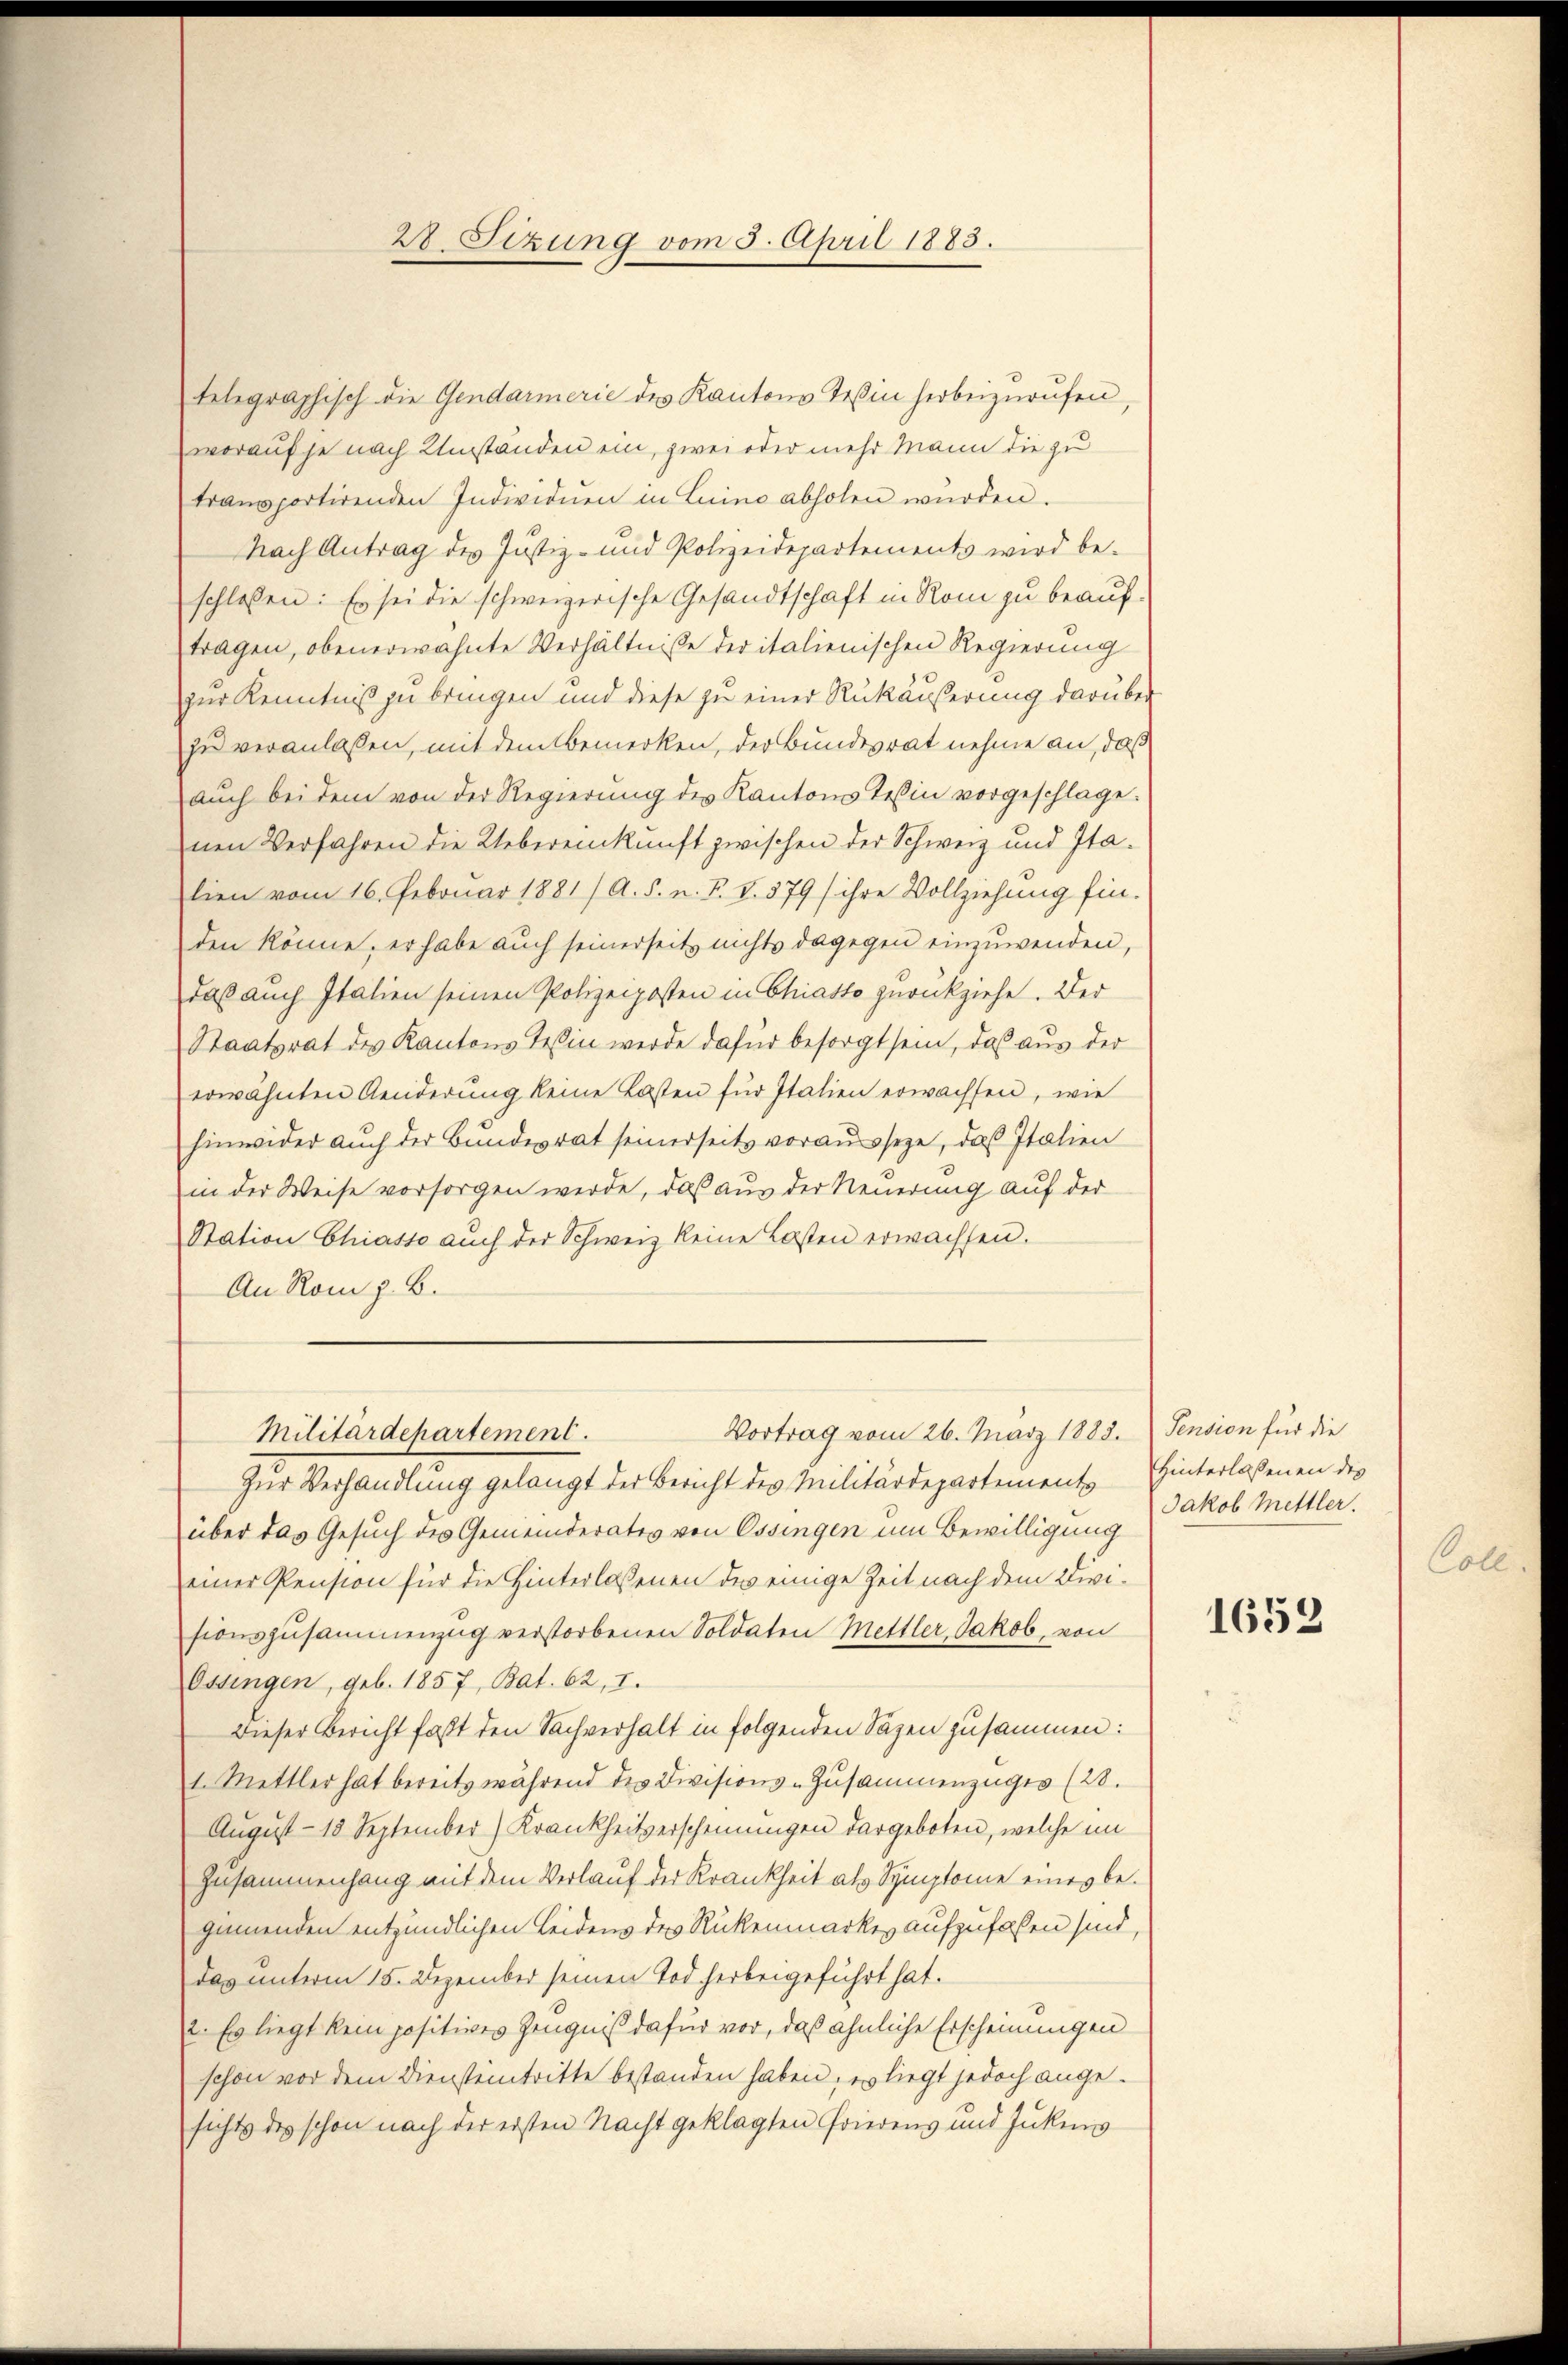
28. Sizung vom 3. April 1883.

telegraphisch die Gendarmerie des Kantons Teßin herbeizurufen,
worauf je nach Umständen ein, zwei oder mehr Mann die zu
transportirenden Individuen in Luino abholen würden.
Nach Antrag des Justiz- und Polizeidepartements wird be-
schlossen: Es sei die schweizerische Gesandtschaft in Rom zu beauftragen, obenerwähnte Verhältnisse der italienischen Regierung
zur Kenntniß zu bringen und diese zu einer Rükäußerung darüber
zu veranlaßen, mit dem Bemerken, der Bundesrat nehme an, daß
aŭch bei dem von der Regierŭng des Kantons Tessin vorgeschlage.
nen Verfahren die Uebereinkunft zwischen der Schweiz und Italien vom 16. Februar 1881/ A. S. n. F. V. 379 / ihre Vollziehung fin.
den könne, er habe auch seinerseit nichts dagegen einzuwenden,
daß auch Italien seinen Polizeiposten in Chiatto zurückziehe. Der
Staatsrat des Kantons Tessin werde dafür besorgt sein, das aus der
erwähnten Aenderŭng keine Lasten für Italien erwachsen, wie
hinwider auch der Bundesrat seinerseits vorausseze, daß Italien
in der Weise vorsorgen werde, daß aus der Neuerung auf der
Station Chiasso auch der Schweiz keine Lasten erwachsen.
An Rom z. B.
Vortrag vom 26. März 1888. Pension für die
Militärdepartement.
Zur Verhandlung gelangt der Bericht des Militärdepartements
über das Gesuch des Gemeinderates von Ossingen um Bewilligung
einer Pension für die Hinterlassenen des einige Zeit nach dem Divisionszusammenzug verstorbenen Soldaten Mettler, Jakob, von
Ossingen, geb. 1857, Bat. 62, I.
Dieser Bericht faßt den Sachverhalt in folgenden Säzen zusammen:
1. Mettler hat bereits während des Divisions-Zusammenzuges (28.
August 18 September) Krankheitserscheinungen dargeboten, welche im
Zusammenhang mit dem Verlauf der Krankheit als Symptomie eines begimenden entzündlichen Leidens des Rückenmarkes aufzufaßen sind,
das unterm 15. Dezember seinen Tod herbeigeführt hat.
2. Es liegt kein positives Zeugniß dafür vor, daß ähnliche Erscheinungen
schon vor dem Diensteintritte bestanden haben; es liegt jedoch angesichts des schon nach der ersten Nacht geklagten Friedens und Jukens

Hinterlassenen des
Jakob Mettler.

1652